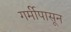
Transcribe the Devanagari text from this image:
गर्मीपासून